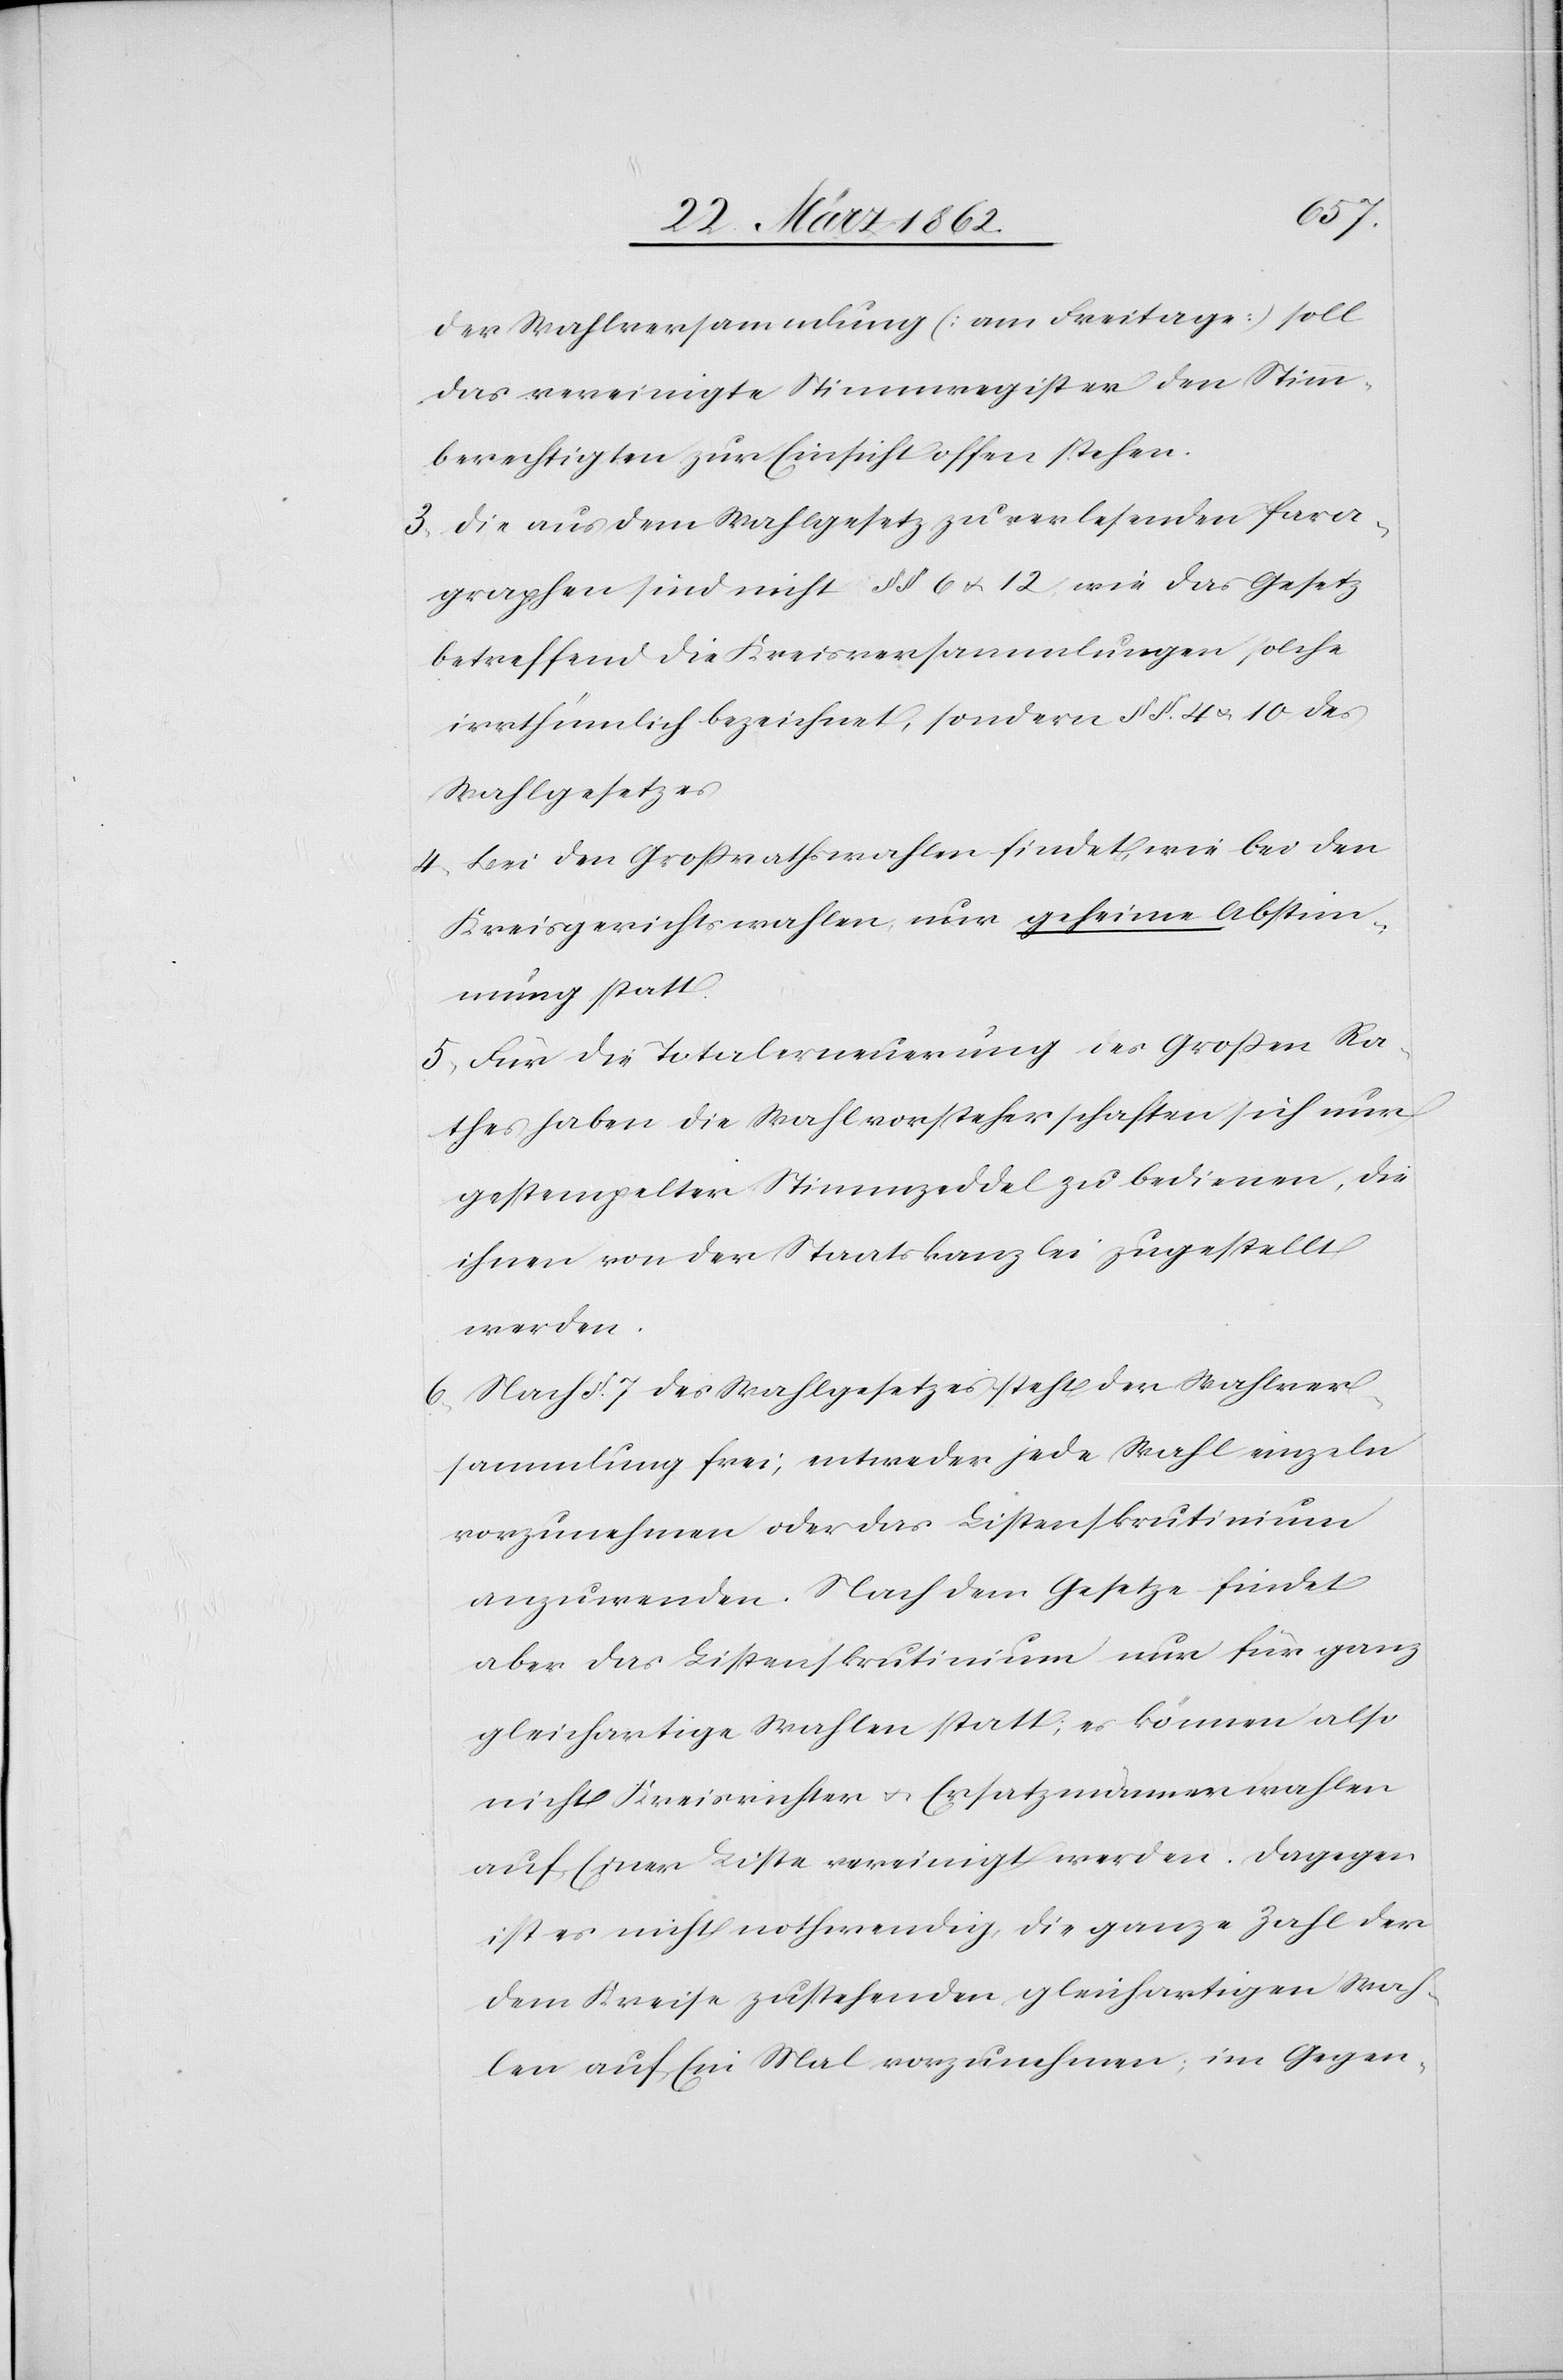
der Wahlversammlung (am Freitage) soll
das vereinigte Stimmregister den Stimm¬
berechtigten zur Einsicht offen stehen.
3) Die aus dem Wahlgesetz zu verlesenden Para¬
graphen sind nicht §§. 6 u. 12, wie das Gesetz
betreffend die Kreisversammlungen solche
irrtümlich bezeichnet, sondern §§. 4 u. 10 des
Wahlgesetzes.
4) Bei den Großrathswahlen findet, wie bei den
Kreisgerichtswahlen, nur geheime Abstim¬
mung statt.
5) Für die Totalerneuerung des Großen Ra¬
thes haben die Wahlvorsteherschaften sich nur
gestempelter Stimmzeddel zu bedienen, die
ihnen von der Staatskanzlei zugestellt
werden.
6) Nach §. 7 des Wahlgesetzes steht der Wahlver¬
sammlung frei, entweder jede Wahl einzeln
vorzunehmen oder das Listenskrutinium
anzwenden. Nach dem Gesetze findet
aber das Listenskrutinium nur für ganz
gleichartige Wahlen statt; es können also
nicht Kreisrichter[-] u. Ersatzmännerwahlen
auf Einer Liste vereinigt werden, Dagegen
ist es nicht nothwendig, die ganze Zahl der
dem Kreise zustehenden, gleichartigen Wah¬
len auf Ein Mal vorzunehmen; im Gegen-